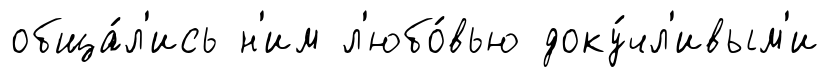
обща́л'ись н'им л'юбо́вью доку́чл'ивым'и